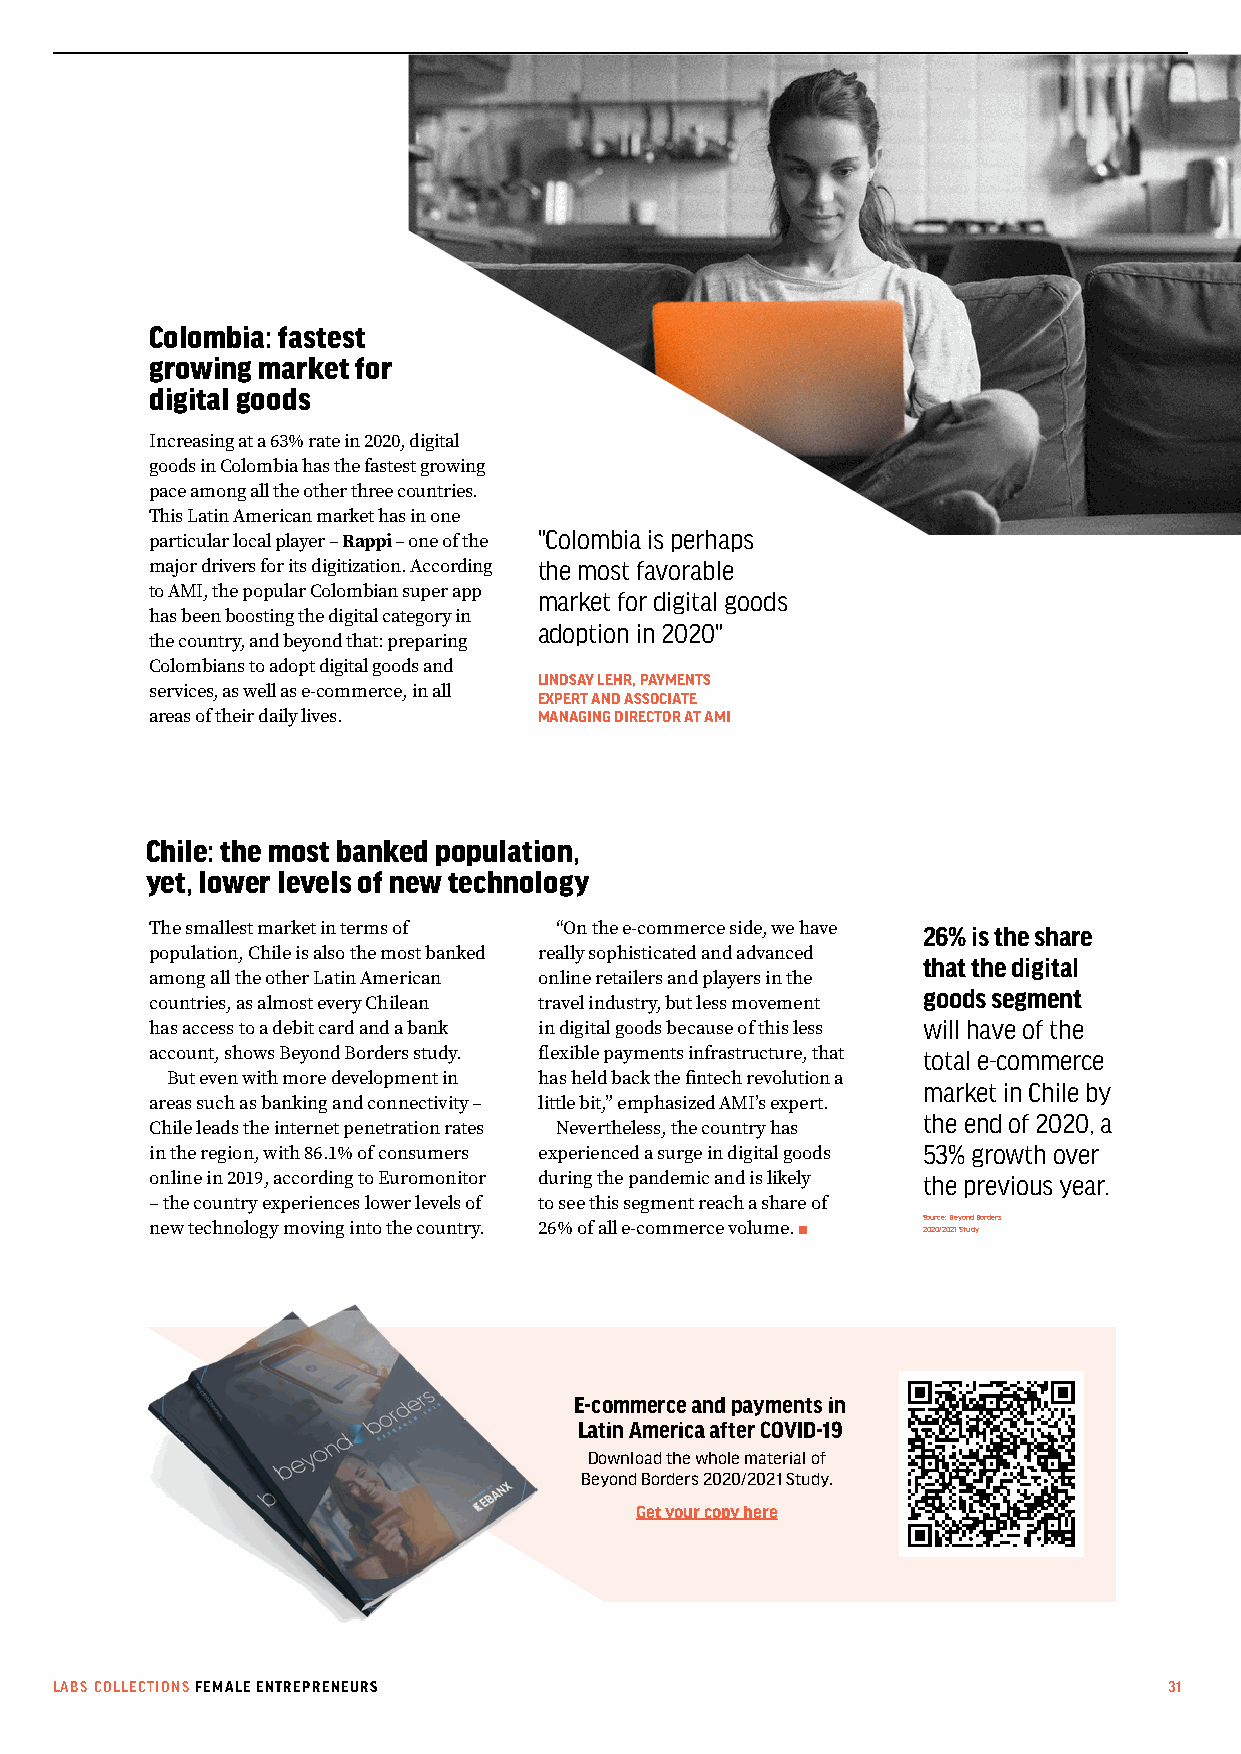
Colombia: fastest
 growing market for
 digital goods
 Increasing at a 63% rate in 2020, digital
 goods in Colombia has the fastest growing
 pace among all the other three countries.
 This Latin American market has in one
 "Colombia is perhaps
 particular local player – Rappi – one of the
 major drivers for its digitization. According the most favorable
 to AMI, the popular Colombian super app market for digital goods
 has been boosting the digital category in
 adoption in 2020"
 the country, and beyond that: preparing
 Colombians to adopt digital goods and
 LINDSAY LEHR, PAYMENTS
 services, as well as e-commerce, in all EXPERT AND ASSOCIATE
 areas of their daily lives. MANAGING DIRECTOR AT AMI
 Chile: the most banked population,
 yet, lower levels of new technology
 The smallest market in terms of “On the e-commerce side, we have 26% is the share
 population, Chile is also the most banked really sophisticated and advanced
 that the digital
 among all the other Latin American online retailers and players in the
 goods segment
 countries, as almost every Chilean travel industry, but less movement
 has access to a debit card and a bank in digital goods because of this less will have of the
 account, shows Beyond Borders study. flexible payments infrastructure, that total e-commerce
 But even with more development in has held back the fintech revolution a
 market in Chile by
 areas such as banking and connectivity – little bit,” emphasized AMI’s expert.
 the end of 2020, a
 Chile leads the internet penetration rates Nevertheless, the country has
 in the region, with 86.1% of consumers experienced a surge in digital goods 53% growth over
 online in 2019, according to Euromonitor during the pandemic and is likely the previous year.
 – the country experiences lower levels of to see this segment reach a share of
 Source: Beyond Borders
 new technology moving into the country. 26% of all e-commerce volume. 2020/2021 Study
 E-commerce and payments in
 Latin America after COVID-19
 Download the whole material of
 Beyond Borders 2020/2021 Study.
 Get your copy here
 LABS COLLECTIONS FEMALE ENTREPRENEURS                                     31